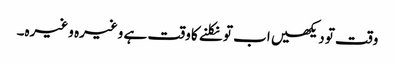
وقت تو دیکھیں اب تو نکلنے کا وقت ہے وغیرہ وغیرہ۔